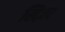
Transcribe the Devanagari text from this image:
खिज़र